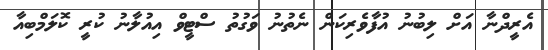
އެރީދްނާ އަށް ލިބުނު އުފާވެރިކަން ނެތުނު ވަގުތު ސްޓީވް އިއުލާނު ކުރީ ކޮލަމްބިއާ